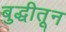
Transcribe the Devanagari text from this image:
बुद्धीतून